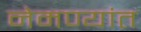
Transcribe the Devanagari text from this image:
नेमण्यांत